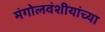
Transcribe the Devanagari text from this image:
मंगोलवंशीयांच्या